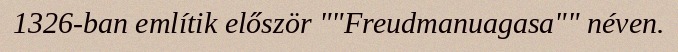
1326-ban említik először ""Freudmanuagasa"" néven.